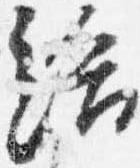
給